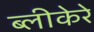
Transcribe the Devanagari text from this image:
ब्लीकेरे